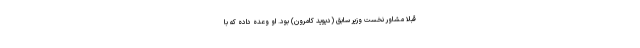
قبلا مشاور نخست وزیر سابق (دیوید کامرون) بود. او وعده داده که با